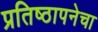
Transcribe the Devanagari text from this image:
प्रतिष्ठापनेचा